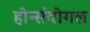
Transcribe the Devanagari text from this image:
होर्न्सवोगल